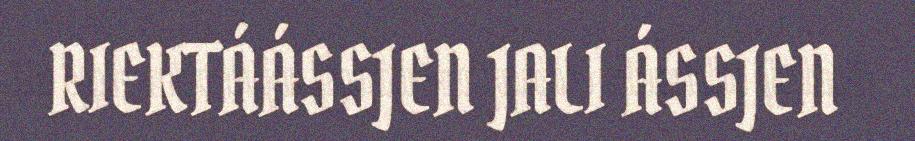
RIEKTÁÁSSJEN JALI ÁSSJEN